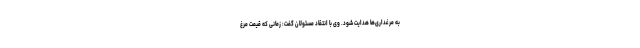
به مرغداری‌ها هدایت شود. وی با انتقاد مسئولان گفت: زمانی که قیمت مرغ